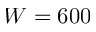
W = 6 0 0